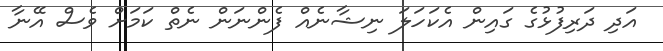
އަދި ދަރިފުޅުގެ ގައިން އެކަހަލަ ނިޝާނެއް ފެންނަން ނެތް ކަމަށް ވެސް އޭނާ